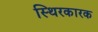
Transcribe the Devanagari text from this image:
स्थिरकारक